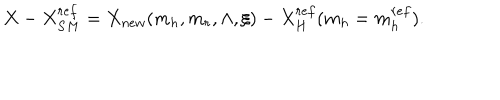
X - X _ { S M } ^ { r e f } = X _ { n e w } ( m _ { h } , m _ { r } , \Lambda , \xi ) - X _ { H } ^ { r e f } ( m _ { h } = m _ { h } ^ { r e f } ) .